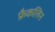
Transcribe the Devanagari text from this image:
फ्रैकलिन